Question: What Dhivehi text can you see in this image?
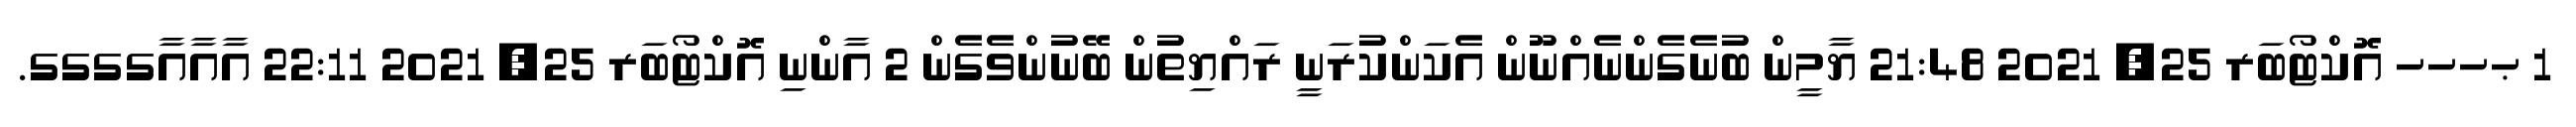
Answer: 1 ޙހހހ އޮކްޓޯބަރ 25, 2021 21:48 ޔާމީން ބުނެގެންނެއްނޫން އެކަންކުރަނީ ރައްޔިތުން ބޭނުންވެގެން 2 އާންނި އޮކްޓޯބަރ 25, 2021 22:11 އާއާއާގގގގ.